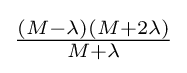
{\tfrac {(M-\lambda )(M+2\lambda )}{M+\lambda }}